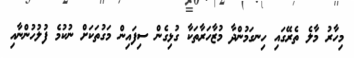
މިހާރު މާލެ ތެރޭގައި ހިނގަމުންދާ މުޒާހަރާތަކާ ގުޅިގެން ސިފައިން މަގުތަކަށް ނުކުމެ ފުލުހުންނާއި